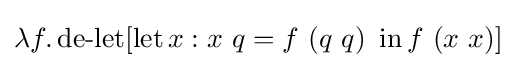
\lambda f.\operatorname {de-let} [\operatorname {let} x:x\ q=f\ (q\ q)\ \operatorname {in} f\ (x\ x)]